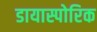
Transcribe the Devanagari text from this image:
डायास्पोरिक